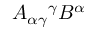
A _ { \alpha \gamma } { } ^ { \gamma } B ^ { \alpha }